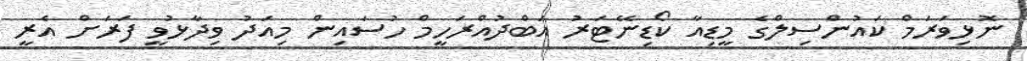
ނޮޅިވަރަމް ކައުންސިލްގެ މީޑިއާ ކޯޑިނޭޓަރު އަބްދުއްރަހީމް ހުސައިން މިއަދު ވިދާޅުވީ ފަރަށް އެރީ